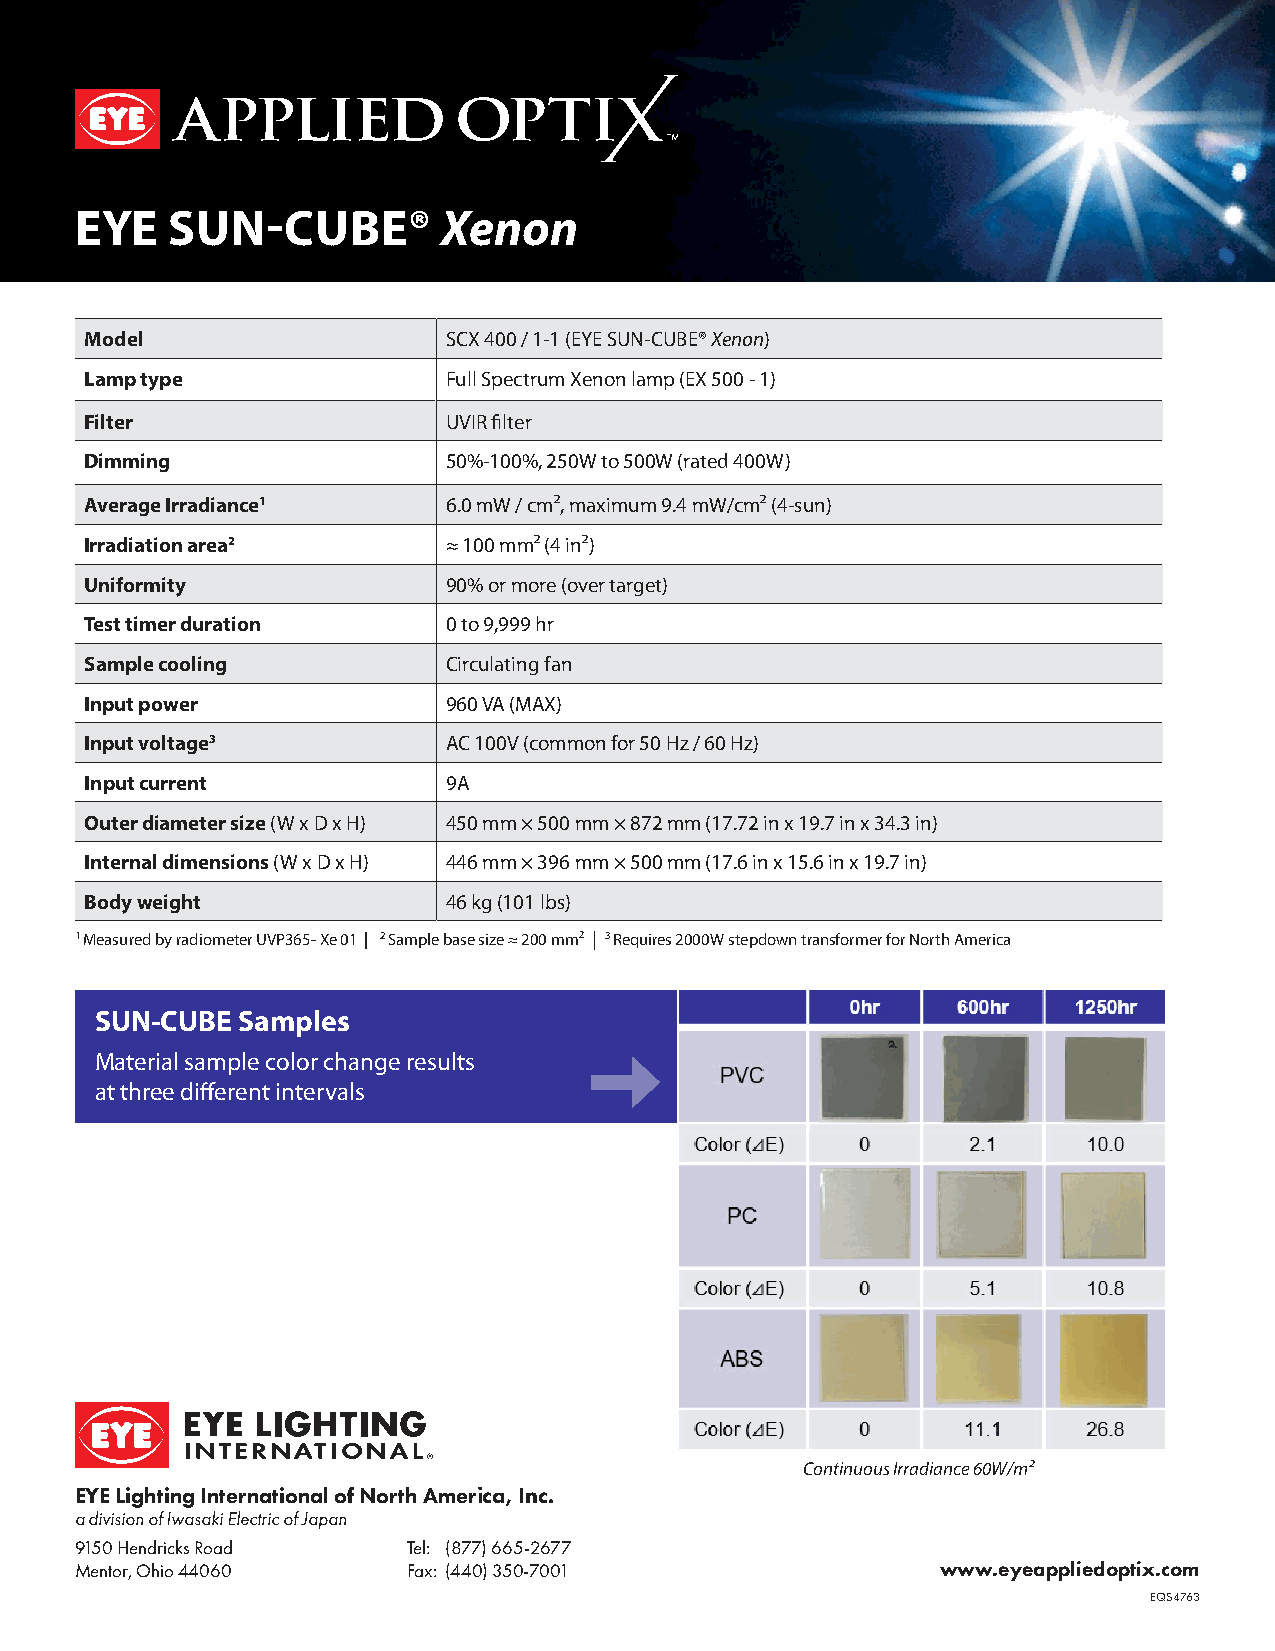
EYE   SUN-CUBE®         Xenon
 Model                   SCX 400 / 1-1 (EYE SUN-CUBE® Xenon)
 Lamp type               Full Spectrum Xenon lamp (EX 500 - 1)
 Filter                  UVIR filter
 Dimming                 50%-100%, 250W to 500W (rated 400W)
 Average Irradiance1     6.0 mW / cm², maximum 9.4 mW/cm² (4-sun)
 Irradiation area2       ≈ 100 mm² (4 in²)
 Uniformity              90% or more (over target)
 Test timer duration     0 to 9,999 hr
 Sample cooling          Circulating fan
 Input power             960 VA (MAX)
 Input voltage3          AC 100V (common for 50 Hz / 60 Hz)
 Input current           9A
 Outer diameter size (W x D x H) 450 mm × 500 mm × 872 mm (17.72 in x 19.7 in x 34.3 in)
 Internal dimensions (W x D x H) 446 mm × 396 mm × 500 mm (17.6 in x 15.6 in x 19.7 in)
 Body weight             46 kg (101 lbs)
 1 Measured by radiometer UVP365- Xe 01 | 2 Sample base size ≈ 200 mm² | 3 Requires 2000W stepdown transformer for North America
 SUN-CUBE  Samples
 Material sample color change results
 at three different intervals
 Continuous Irradiance 60W/m²
 EYE Lighting International of North America, Inc.
 a division of Iwasaki Electric of Japan
 9150 Hendricks Road   Tel: (877) 665-2677
 Mentor, Ohio 44060    Fax: (440) 350-7001                www.eyeappliedoptix.com
 EQS4763